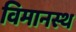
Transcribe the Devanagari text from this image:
विमानस्थ